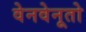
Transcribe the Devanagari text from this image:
वेनवेनूतो